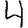
Digit: 4